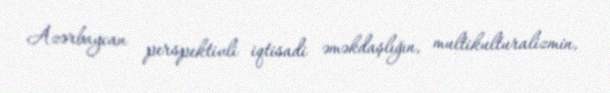
Azərbaycan perspektivli iqtisadi əməkdaşlığın, multikulturalizmin,